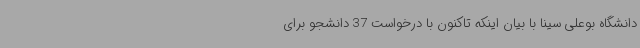
دانشگاه بوعلی سینا با بیان اینکه تاکنون با درخواست 37 دانشجو برای